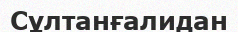
Сұлтанғалидан